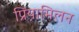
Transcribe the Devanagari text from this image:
प्रियामिलन